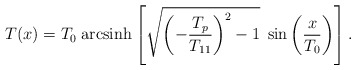
\begin{align*}T(x)= T_{0}\;{\rm arcsinh}\left[\sqrt{\left(-\frac{T_{p}}{T_{11}}\right)^{2}-1}\;\sin\left(\frac{x}{T_{0}}\right)\right].\end{align*}